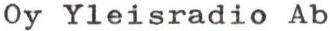
Oy Yleisradio Ab